Vaccination United Provinces of Agra and Oudh 1923-1928 - 1923-1928
Year: 1923
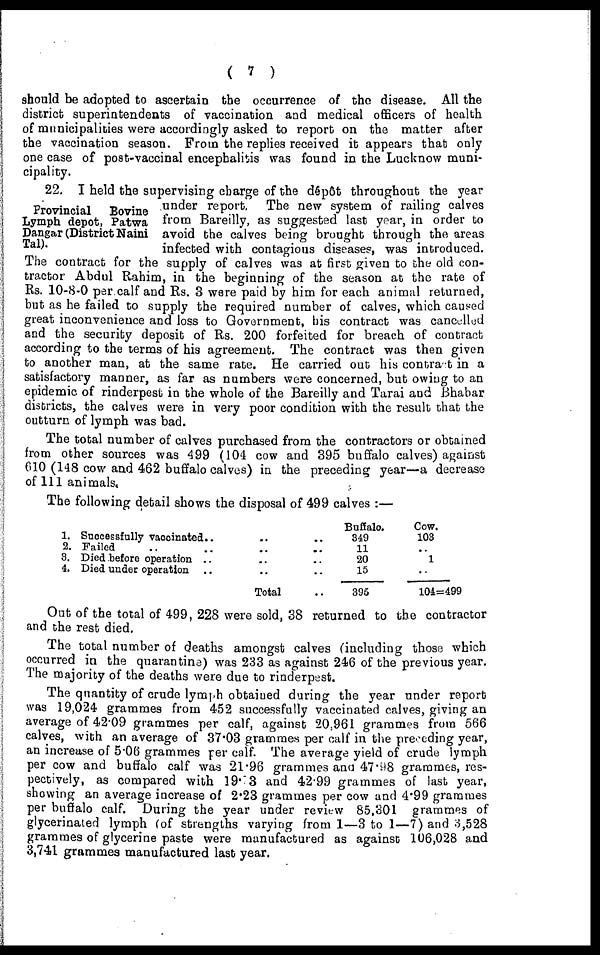
( 7 )
should be adopted to ascertain the occurrence of the disease. All the
district superintendents of vaccination and medical officers of health
of municipalities were accordingly asked to report on the matter after
the vaccination season. From the replies received it appears that only
one case of post-vaccinal encephalitis was found in the Lucknow muni-
cipality.
Provincial Bovine
Lymph depot, Patwa
Dangar (District Naini
Tal).
22. I held the supervising charge of the dépôt throughout the year
under report. The new system of railing calves
from Bareilly, as suggested last year, in order to
avoid the calves being brought through the areas
infected with contagious diseases, was introduced.
The contract for the supply of calves was at first given to the old con-
tractor Abdul Rahim, in the beginning of the season at the rate of
Rs. 10-8-0 per calf and Rs. 3 were paid by him for each animal returned,
but as he failed to supply the required number of calves, which caused
great inconvenience and loss to Government, his contract was cancelled
and the security deposit of Rs. 200 forfeited for breach of contract
according to the terms of his agreement. The contract was then given
to another man, at the same rate. He carried out his contract in a
satisfactory manner, as far as numbers were concerned, but owing to an
epidemic of rinderpest in the whole of the Bareilly and Tarai and Bhabar
districts, the calves were in very poor condition with the result that the
outturn of lymph was bad.
The total number of calves purchased from the contractors or obtained
from other sources was 499 (104 cow and 395 buffalo calves) against
610 (148 cow and 462 buffalo calves) in the preceding year—a decrease
of 111 animals.
The following detail shows the disposal of 499 calves :—
1.
2.
3.
4.
Successfully vaccinated.. .. ..
Failed .. .. .. ..
Died before operation .. .. ..
Died under operation .. .. ..
Total ..
Buffalo.
349
11
20
15
395
Cow.
103
..
1
..
104=499
Out of the total of 499, 228 were sold, 38 returned to the contractor
and the rest died.
The total number of deaths amongst calves (including those which
occurred in the quarantine) was 233 as against 246 of the previous year.
The majority of the deaths were due to rinderpest.
The quantity of crude lymph obtained during the year under report
was 19,024 grammes from 452 successfully vaccinated calves, giving an
average of 42.09 grammes per calf, against 20,961 grammes from 566
calves, with an average of 37.03 grammes per calf in the preceding year,
an increase of 5.06 grammes per calf. The average yield of crude lymph
per cow and buffalo calf was 21.96 grammes and 47.98 grammes, res-
pectively, as compared with 19.73 and 42.99 grammes of last year,
showing an average increase of 2.23 grammes per cow and 4.99 grammes
per buffalo calf. During the year under review 85,301 grammes of
glycerinated lymph (of strengths varying from 1—3 to 1—-7) and 3,528
grammes of glycerine paste were manufactured as against 106,028 and
3,741 grammes manufactured last year.